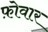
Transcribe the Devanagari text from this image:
फ़ोवार